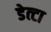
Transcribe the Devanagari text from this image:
डेत्टा